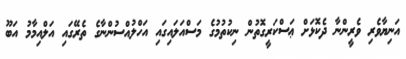
އަނިޔާވެރި ވެރީންނާ ދެކޮޅަށް ޢަސްކަރީގޮތުން ނިކުތުމުގެ މަސްއަލައިގައި އަހްލުއްސުންނާގެ ތެރޭގައި އަލްއިމާމު އަބޫ